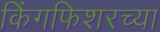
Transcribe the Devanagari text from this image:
किंगफिशरच्या